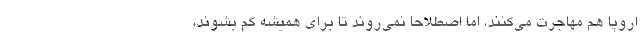
اروپا هم مهاجرت می‌کنند، اما اصطلاحاً نمی‌روند تا برای همیشه گم بشوند،